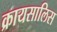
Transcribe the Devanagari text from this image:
क्रायसालिस